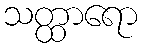
သတ္ထာရော